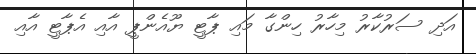
އަދި ސަރުކާރު މިހާރު ހިންގާ މައި ޕާޓީ ޔޫއެންޕީ އާއި އެޕާޓީ އާއި